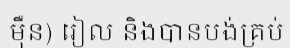
ម៉ឺន) រៀល និងបានបង់គ្រប់